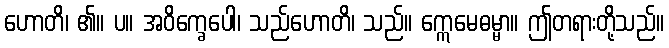
ဟောတိ၊ ၏။ ပ။ အဝိက္ခေပေါ၊ သည်ဟောတိ၊ သည်။ ဣေမေဓမ္မာ။ ဤတရားတို့သည်။